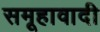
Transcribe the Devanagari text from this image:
समूहावादी